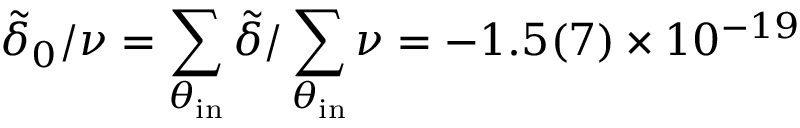
\tilde { \delta } _ { 0 } / \nu = \sum _ { \theta _ { \mathrm { i n } } } \tilde { \delta } / \sum _ { \theta _ { \mathrm { i n } } } \nu = - 1 . 5 ( 7 ) \times 1 0 ^ { - 1 9 }